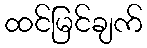
ထင်မြင်ချက်